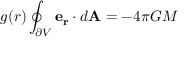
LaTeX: g ( r ) \oint _ { \partial V } \mathbf { e _ { r } } \cdot d \mathbf { A } = - 4 \pi G M